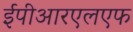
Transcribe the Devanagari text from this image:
ईपीआरएलएफ